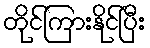
တိုင်ကြားနိုင်ပြီး